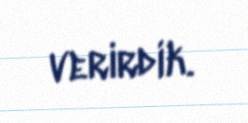
verirdik.